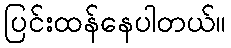
ပြင်းထန်နေပါတယ်။